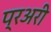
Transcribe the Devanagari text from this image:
प्रअरी